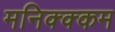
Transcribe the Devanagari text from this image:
मनिक्क्कम